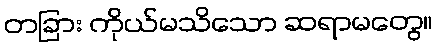
တခြား ကိုယ်မသိသော ဆရာမတွေ။